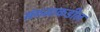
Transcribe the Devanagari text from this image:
संगमाकडील